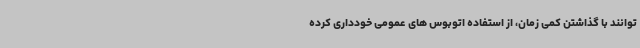
توانند با گذاشتن کمی زمان، از استفاده اتوبوس های عمومی خودداری کرده